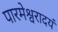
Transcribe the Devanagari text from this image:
पारमेश्वरादयं